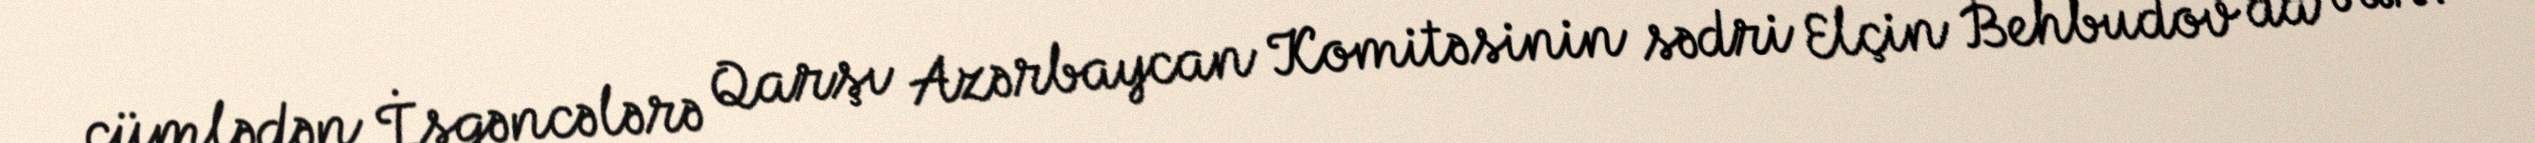
cümlədən İşgəncələrə Qarşı Azərbaycan Komitəsinin sədri Elçin Behbudov da var.